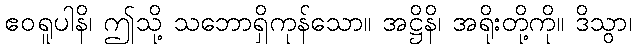
ဧဝရူပါနိ၊ ဤသို့ သဘောရှိကုန်သော။ အဋ္ဌိနိ၊ အရိုးတို့ကို။ ဒိသွာ၊